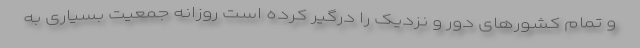
و تمام کشورهای دور و نزدیک را درگیر کرده است روزانه جمعیت بسیاری به